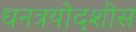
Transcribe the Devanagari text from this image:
धनत्रयोदशीस